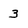
Character: 3